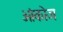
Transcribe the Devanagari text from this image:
ओंकोज